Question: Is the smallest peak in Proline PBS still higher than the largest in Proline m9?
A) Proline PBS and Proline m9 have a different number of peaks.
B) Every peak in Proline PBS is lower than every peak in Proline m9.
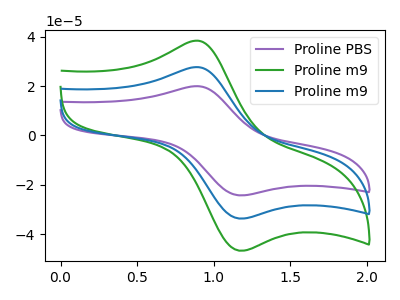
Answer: <think>The purple curve "Proline PBS" has an anodic peak at (0.90V, 19.95uA) and a cathodic peak at (1.15V, -24.30uA). The green curve "Proline m9" has an anodic peak at (0.90V, 55.40uA) and a cathodic peak at (1.15V, -67.40uA). The blue curve "Proline m9" has an anodic peak at (0.90V, 27.70uA) and a cathodic peak at (1.15V, -33.70uA).</think>
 <answer>B) Every peak in "Proline PBS" is lower than every peak in "Proline m9".</answer>
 <eval>B</eval>